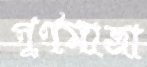
পূর্ণমাত্রা